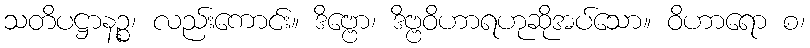
သတိပဋ္ဌာနဉ္စ၊ လည်းကောင်း။ ဒိဗ္ဗော၊ ဒိဗ္ဗဝိဟာရဟုဆိုအပ်သော။ ဝိဟာရော စ၊